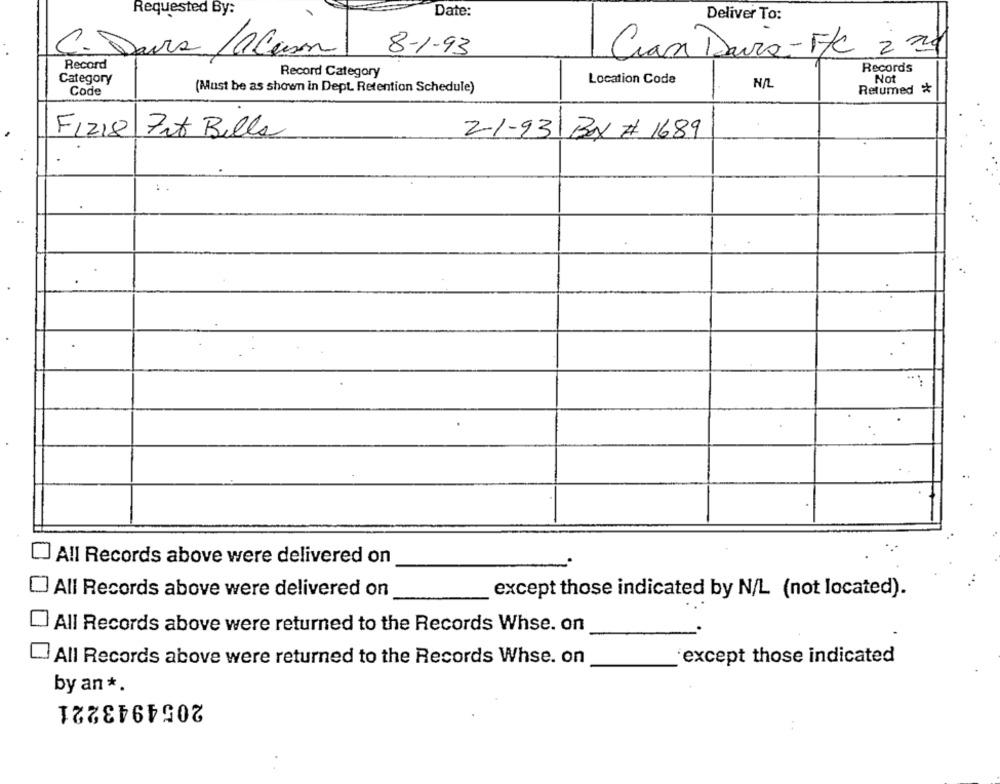
Requested By:
Date:
Deliver To:
C. Davis /aCanon
8-1-93
Cian Daira- F/C 2 20
Record
Records
Record Category
Not
Category
Location Code
Code
(Must be as shown in Dept. Retention Schedule)
Retumed *
F1218
2-1-93
Fit Bills
Box # 1689
All Records above were delivered on
All Records above were delivered on
except those indicated by N/L (not located).
All Records above were returned to the Records Whse. on
All Records above were returned to the Records Whse. on
except those indicated
by an *.
2054943221